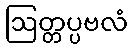
ဩတ္တပ္ပဗလံ